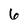
Character: 6